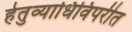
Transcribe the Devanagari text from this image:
हेतुव्याधिविपरीत